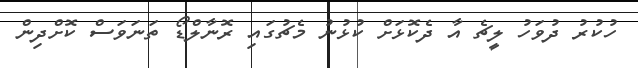
ހުކުރު ދުވަހު ލީޗެ އާ ދެކޮޅަށް ކުޅުނު މެޗުގައި ރޮނާލްޑޯ ތަނަވަސް ކޮށްދިން